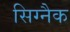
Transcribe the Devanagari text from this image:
सिग्‍नैक